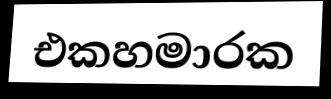
එකහමාරක